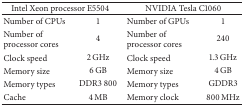
| <COLSPAN=2> Intel Xeon processor E5504 | <COLSPAN=2> NVIDIA Tesla C1060 |
 | --- | --- | --- | --- |
 | Number of CPUs | 1 | Number of GPUs | 1 |
 | Number of processor cores | 4 | Number of processor cores | 240 |
 | Clock speed | 2 GHz | Clock speed | 1.3 GHz |
 | Memory size | 6 GB | Memory size | 4 GB |
 | Memory types | DDR3 800 | Memory types | GDDR3 |
 | Cache | 4 MB | Memory clock | 800 MHz |